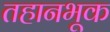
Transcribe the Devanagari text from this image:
तहानभूक